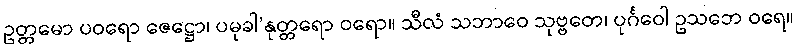
ဥတ္တမော ပဝရော ဇေဋ္ဌော၊ ပမုခါ’နုတ္တရော ဝရော။ သီလံ သဘာဝေ သုဗ္ဗတေ၊ ပုင်္ဂဝေါ ဥသဘေ ဝရေ။